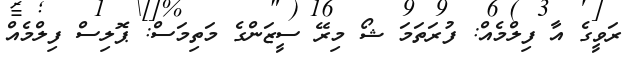
ރަވީގެ އާ ފިލްމެއް: ފުރަތަމަ ޝޯ މިރޭ ސީޒަންގެ މަތިމަސް: ޕޮލިސް ފިލްމެއް